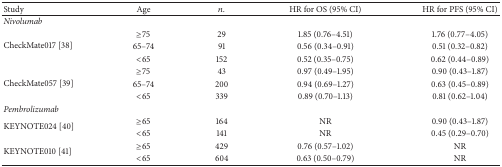
<table><thead><tr><td><b>Study</b></td><td><b>Age</b></td><td><b><i>n</i>.</b></td><td><b>HR for OS (95% CI)</b></td><td><b>HR for PFS (95% CI)</b></td></tr></thead><tbody><tr><td><i>Nivolumab</i></td><td> </td><td> </td><td> </td><td> </td></tr><tr><td rowspan="3">CheckMate017 [38]</td><td>≥75</td><td>29</td><td>1.85 (0.76–4.51)</td><td>1.76 (0.77–4.05)</td></tr><tr><td>65–74</td><td>91</td><td>0.56 (0.34–0.91)</td><td>0.51 (0.32–0.82)</td></tr><tr><td>&lt;65</td><td>152</td><td>0.52 (0.35–0.75)</td><td>0.62 (0.44–0.89)</td></tr><tr><td rowspan="3">CheckMate057 [39] </td><td>≥75</td><td>43</td><td>0.97 (0.49–1.95)</td><td>0.90 (0.43–1.87)</td></tr><tr><td>65–74</td><td>200</td><td>0.94 (0.69–1.27)</td><td>0.63 (0.45–0.89)</td></tr><tr><td>&lt;65</td><td>339</td><td>0.89 (0.70–1.13)</td><td>0.81 (0.62–1.04)</td></tr><tr><td><i>Pembrolizumab</i></td><td> </td><td> </td><td> </td><td> </td></tr><tr><td rowspan="2">KEYNOTE024 [40] </td><td>≥65</td><td>164</td><td>NR</td><td>0.90 (0.43–1.87)</td></tr><tr><td>&lt;65</td><td>141</td><td>NR</td><td>0.45 (0.29–0.70)</td></tr><tr><td rowspan="2">KEYNOTE010 [41] </td><td>≥65</td><td>429</td><td>0.76 (0.57–1.02)</td><td>NR</td></tr><tr><td>&lt;65</td><td>604</td><td>0.63 (0.50–0.79)</td><td>NR</td></tr></tbody></table>